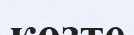
көзте